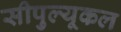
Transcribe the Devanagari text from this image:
सीपुल्यूकल